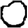
Digit: 0